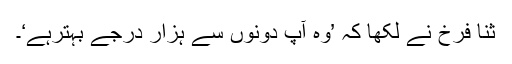
ثنا فرخ نے لکھا کہ ’وہ آپ دونوں سے ہزار درجے بہترہے‘۔